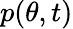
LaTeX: p(\theta,t)